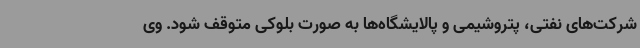
شرکت‌های نفتی، پتروشیمی و پالایشگاه‌ها به صورت بلوکی متوقف شود. وی